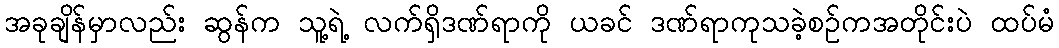
အခုချိန်မှာလည်း ဆွန်က သူ့ရဲ့ လက်ရှိဒဏ်ရာကို ယခင် ဒဏ်ရာကုသခဲ့စဥ်ကအတိုင်းပဲ ထပ်မံ